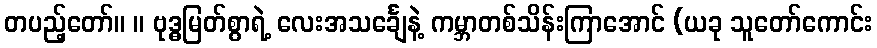
တပည့်တော်။ ။ ဗုဒ္ဓမြတ်စွာရဲ့ လေးအသင်္ချေနဲ့ ကမ္ဘာတစ်သိန်းကြာအောင် (ယခု သူတော်ကောင်း